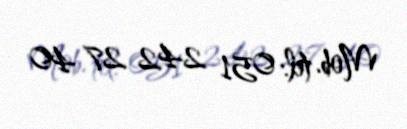
Mob. tel: 051 242 27 40